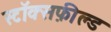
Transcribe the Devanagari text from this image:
स्टॉक्सफ़ील्ड